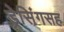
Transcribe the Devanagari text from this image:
ड्रेसिंगसह